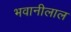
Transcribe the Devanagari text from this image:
भवानीलाल